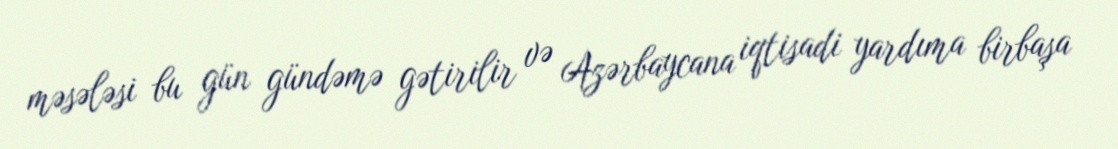
məsələsi bu gün gündəmə gətirilir və Azərbaycana iqtisadi yardıma birbaşa